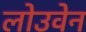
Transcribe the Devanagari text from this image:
लोउवेन